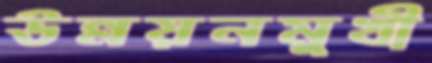
উন্নয়নমুখী